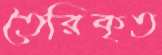
তৈরিকৃত